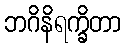
ဘဂိနိရက္ခိတာ